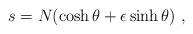
LaTeX: \begin{align*} s = N(\cosh \theta + \epsilon \sinh \theta)~,\end{align*}